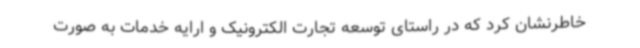
خاطرنشان کرد که در راستای توسعه تجارت الکترونیک و ارایه خدمات به صورت